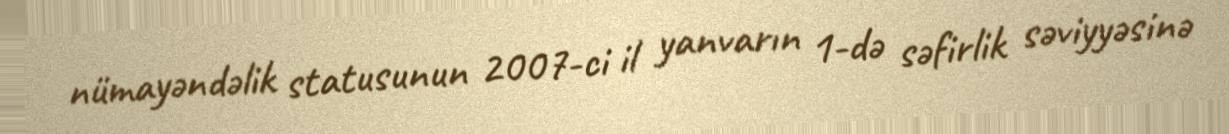
nümayəndəlik statusunun 2007-ci il yanvarın 1-də səfirlik səviyyəsinə